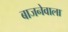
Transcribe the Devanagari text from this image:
बाजनेवाला